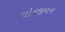
લોકજીવન